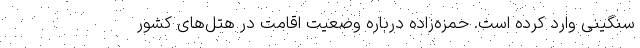
سنگینی وارد کرده است. حمزه‌زاده درباره وضعیت اقامت در هتل‌های کشور